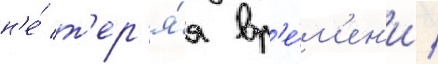
н'е́ т'ер'я́я вр'е́м'ен'и /